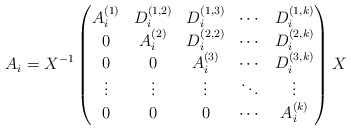
\begin{align*}A_i = X^{-1} \begin{pmatrix} A^{(1)}_i& D^{(1,2)}_i & D^{(1,3)}_i& \cdots &D^{(1,k)}_i\\ 0& A^{(2)}_i& D^{(2,2)}_i & \cdots &D^{(2,k)}_i\\ 0& 0& A^{(3)}_i& \cdots &D^{(3,k)}_i\\ \vdots &\vdots&\vdots&\ddots&\vdots\\0&0&0&\cdots&A_i^{(k)}\end{pmatrix}X\end{align*}